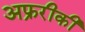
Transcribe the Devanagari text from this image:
अफ्ररीकी